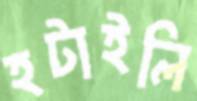
হটাইলি